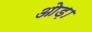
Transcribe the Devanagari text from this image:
ओड़ा